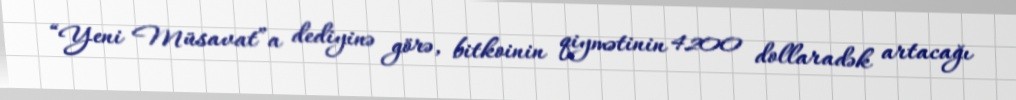
“Yeni Müsavat”a dediyinə görə, bitkoinin qiymətinin 4200 dollaradək artacağı